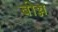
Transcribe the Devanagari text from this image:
बोन्न